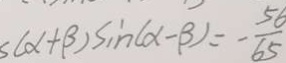
s ( \alpha + \beta ) \sin ( \alpha - \beta ) = - \frac { 5 6 } { 6 5 }